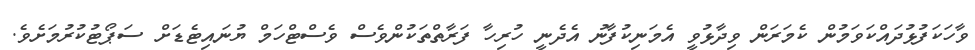
ވާހަކަފުޅުދައްކަވަމުން ކެމަރަން ވިދާޅުވީ އެމަނިކުފާނު އެދެނީ ހުރިހާ ފަރާތްތަކުންވެސް ވެސްޓްހަމް ޔުނައިޓެޑަށް ސަޕޯޓުކުރުމަށެވެ.